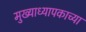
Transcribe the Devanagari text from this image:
मुख्याध्यापकाच्या